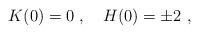
LaTeX: \begin{align*}K(0)=0 \ , \quad H(0)=\pm 2\ , \end{align*}